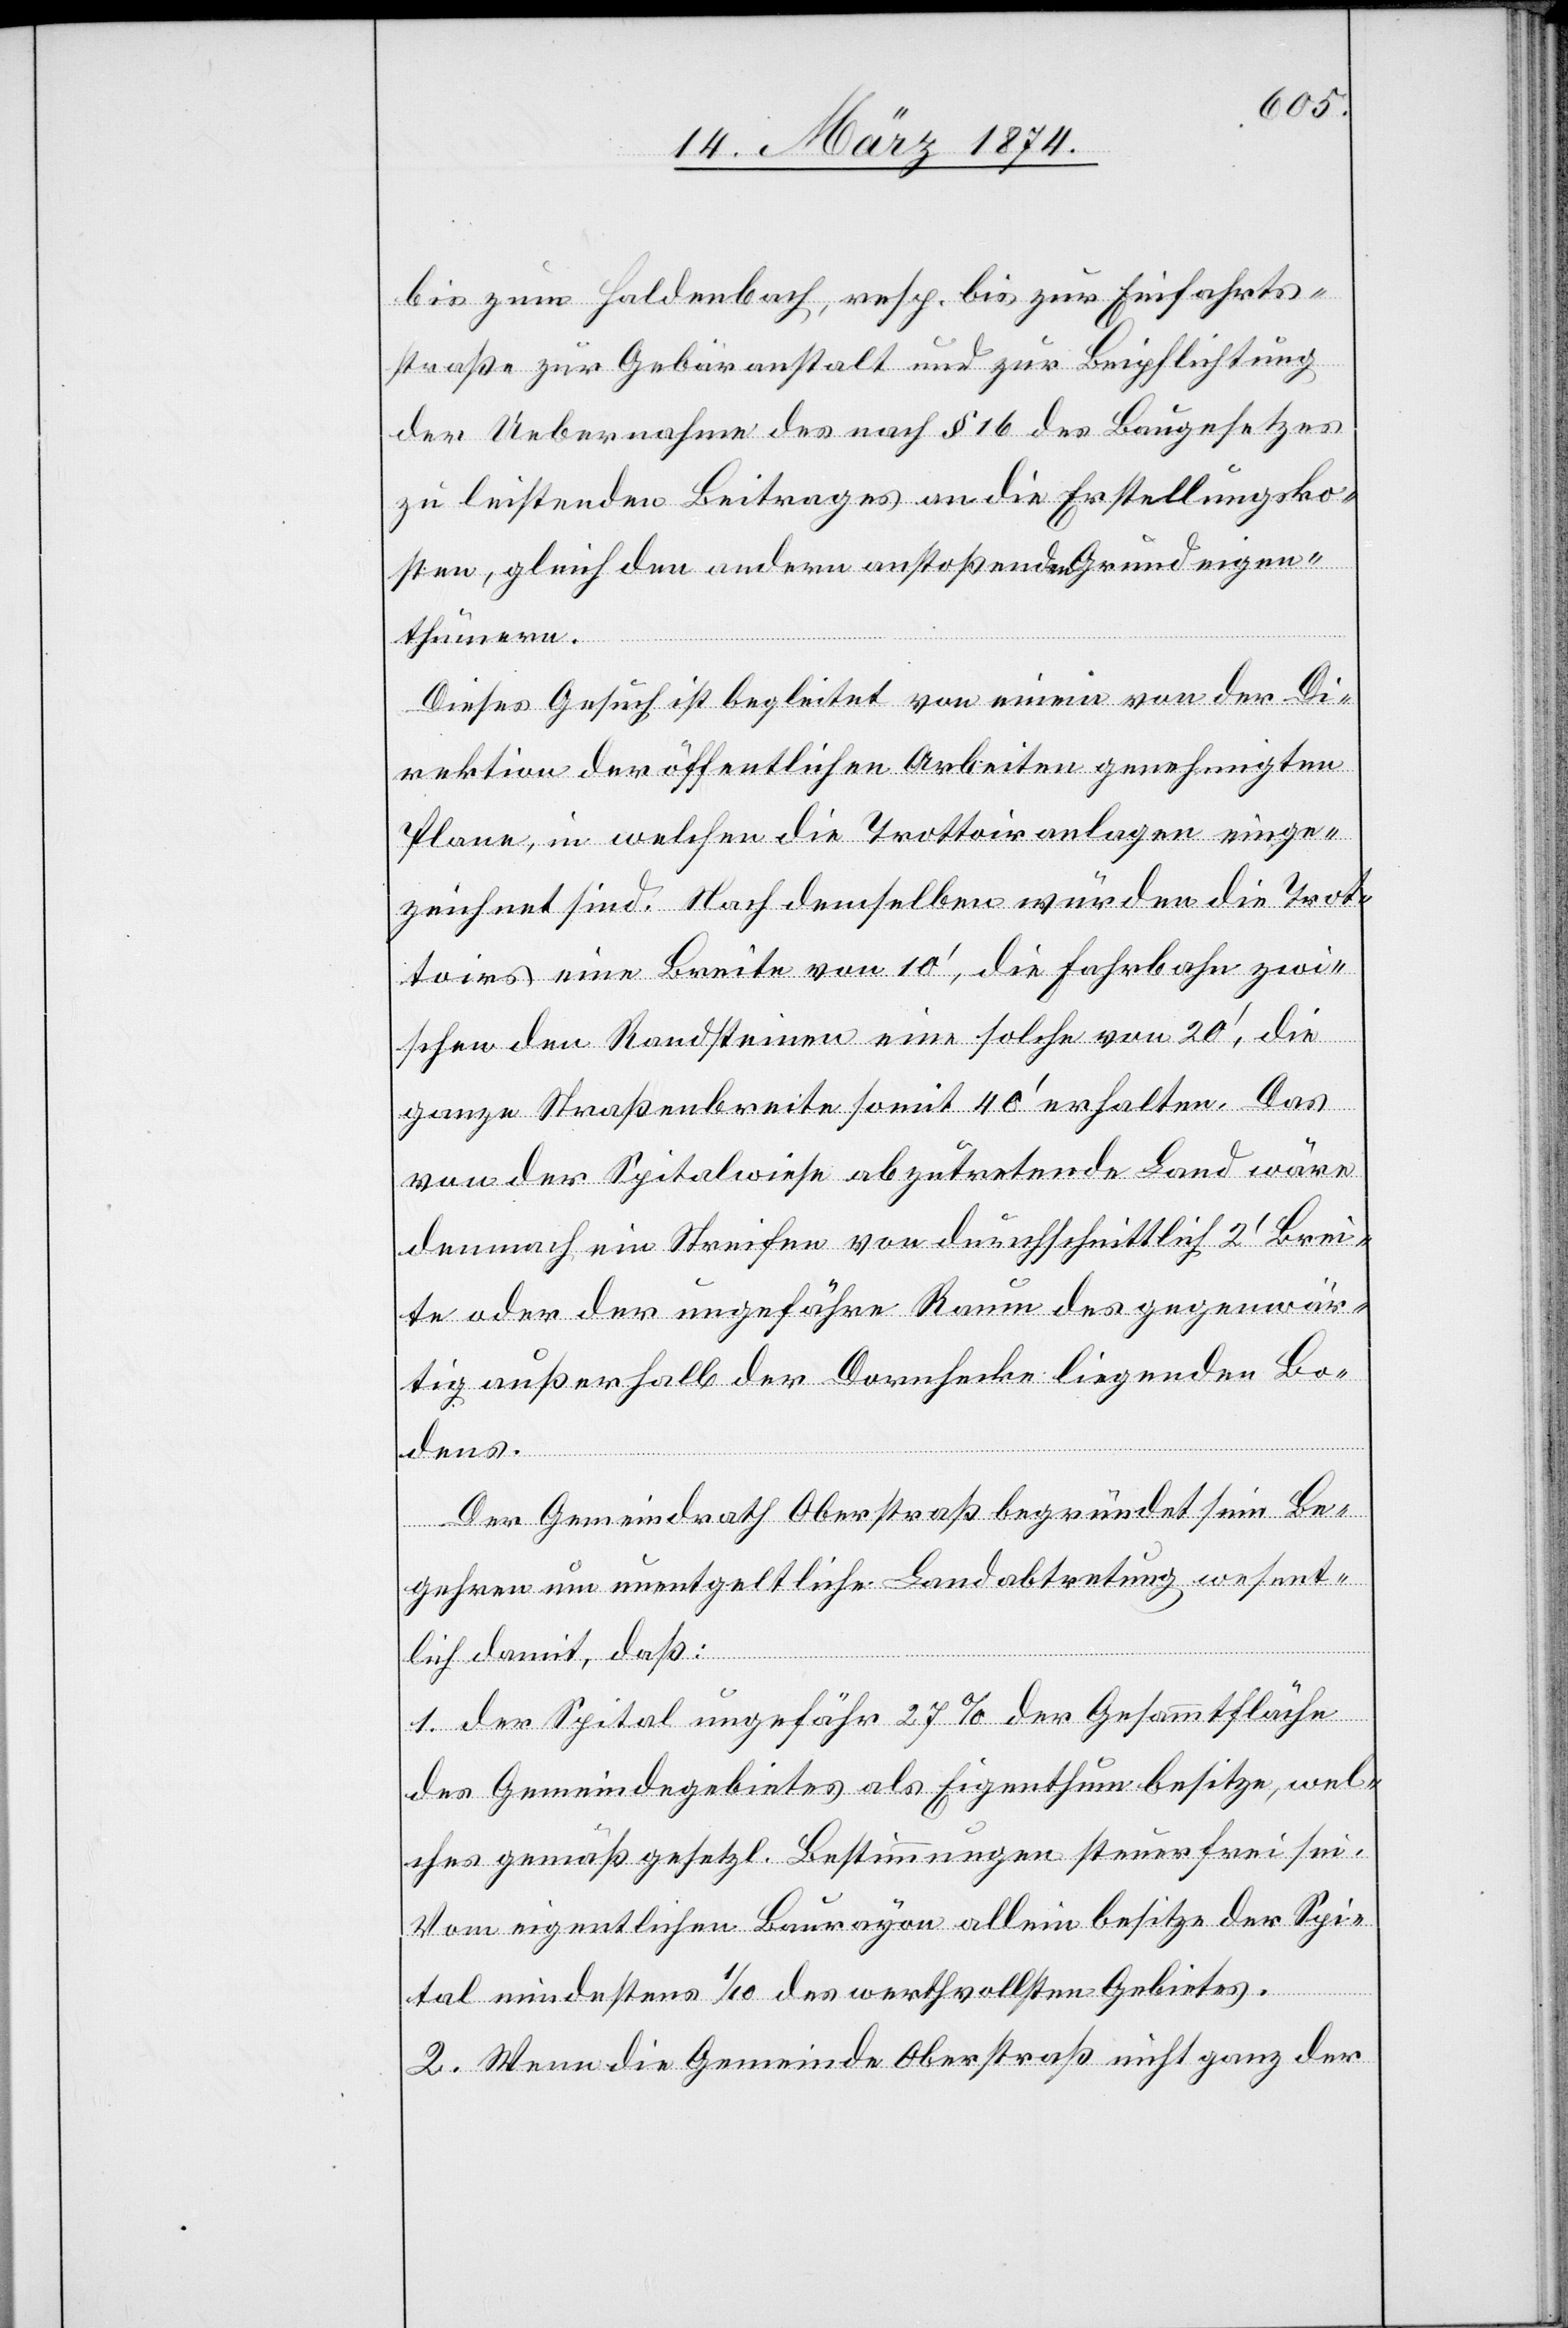
bis zum Haldenbach, resp. bis zur Einfahrts¬
straße zur Gebäranstalt und zur Beipflichtung
der Uebernahme des nach § 16 des Baugesetzes
zu leistenden Beitrages an die Erstellungsko¬
sten, gleich den andern anstoßenden Grundeigen¬
thümern.
Dieses Gesuch ist begleitet von einem von der Di¬
rektion der öffentlichen Arbeiten genehmigten
Plane, in welchem die Trottoiranlagen einge¬
zeichnet sind. Nach demselben würden die Trot¬
toirs eine Breite von 10‘, die Fahrbahn zwi¬
schen den Randsteinen eine solche von 20‘, die
ganze Straßenbreite somit 40‘ erhalten. Das
von der Spitalwiese abzutretende Land wäre
demnach ein Streifen von durchschnittlich 2‘ Brei¬
te oder der ungefähre Raum des gegenwär¬
tig außerhalb der Dornhecke liegenden Bo¬
dens.
Der Gemeindrath Oberstraß begründet sein Be¬
gehren um unentgeltliche Landabtretung wesent¬
lich damit, daß:
1. der Spital ungefähr 27% der Gesammtfläche
des Gemeindegebietes als Eigenthum besitze, wel¬
ches gemäß gesetzl. Bestimmungen steuerfrei sei.
Vom eigentlichen Baurayon allein besitze der Spi¬
tal mindestens 1/10 des werthvollsten Gebietes.
2. Wenn die Gemeinde Oberstraß nicht ganz der